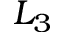
L _ { 3 }